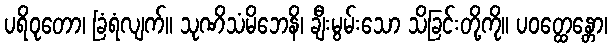
ပရိဝုတော၊ ခြံရံလျက်။ သုဏိသံမိဘေနိ၊ ချီးမွမ်းသော သိခြင်းတို့ကို။ ပဝတ္ထေန္တော၊